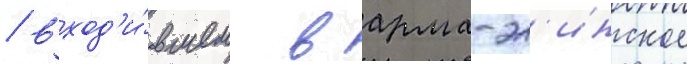
/ вход'и́вшем в арма-эл'инское